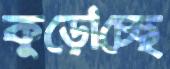
কুড়োচ্ছে